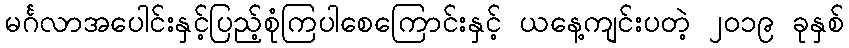
မင်္ဂလာအပေါင်းနှင့်ပြည့်စုံကြပါစေကြောင်းနှင့် ယနေ့ကျင်းပတဲ့ ၂၀၁၉ ခုနှစ်